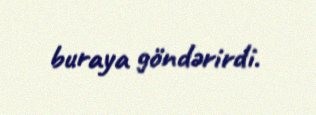
buraya göndərirdi.